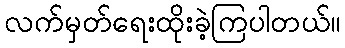
လက်မှတ်ရေးထိုးခဲ့ကြပါတယ်။